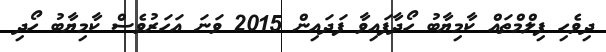
ދިވެހި ފިލްމްތައް ކާމިޔާބު ހޯދާފައިވާ ފަދައިން 2015 ވަނަ އަހަރުވެސް ކާމިޔާބު ހޯދި